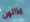
يزالون